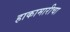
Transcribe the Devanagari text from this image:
हाकामारीचा